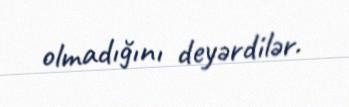
olmadığını deyərdilər.